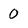
Character: 0